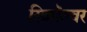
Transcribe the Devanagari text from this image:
रिव्हॉल्वर